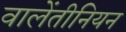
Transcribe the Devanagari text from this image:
वालेंतीनियन